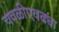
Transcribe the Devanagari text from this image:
चवळीएवढ्या